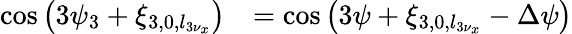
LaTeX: \begin{array}{cl}{\displaystyle\cos\left(3\psi_{3}+\xi_{3,0,l_{3\nu_{x}}}\right)}&{=\displaystyle\cos\left(3\psi+\xi_{3,0,l_{3\nu_{x}}}-\Delta\psi\right)}\end{array}